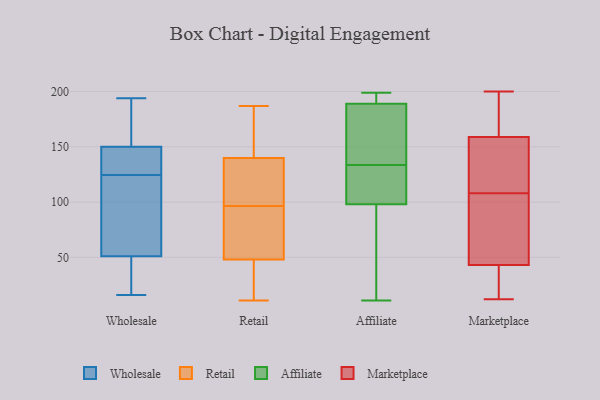
{"axis": {"x": "Budget (USD K)", "y": "Value"}, "legend": ["Affiliate", "Marketplace", "Retail", "Wholesale"], "data": [{"x": "", "y": 194, "type": "Wholesale"}, {"x": "", "y": 150, "type": "Wholesale"}, {"x": "", "y": 16, "type": "Wholesale"}, {"x": "", "y": 136, "type": "Wholesale"}, {"x": "", "y": 51, "type": "Wholesale"}, {"x": "", "y": 28, "type": "Wholesale"}, {"x": "", "y": 59, "type": "Wholesale"}, {"x": "", "y": 71, "type": "Wholesale"}, {"x": "", "y": 163, "type": "Wholesale"}, {"x": "", "y": 147, "type": "Wholesale"}, {"x": "", "y": 49, "type": "Wholesale"}, {"x": "", "y": 119, "type": "Wholesale"}, {"x": "", "y": 130, "type": "Wholesale"}, {"x": "", "y": 152, "type": "Wholesale"}, {"x": "", "y": 122, "type": "Retail"}, {"x": "", "y": 180, "type": "Retail"}, {"x": "", "y": 38, "type": "Retail"}, {"x": "", "y": 97, "type": "Retail"}, {"x": "", "y": 187, "type": "Retail"}, {"x": "", "y": 11, "type": "Retail"}, {"x": "", "y": 140, "type": "Retail"}, {"x": "", "y": 96, "type": "Retail"}, {"x": "", "y": 52, "type": "Retail"}, {"x": "", "y": 48, "type": "Retail"}, {"x": "", "y": 123, "type": "Affiliate"}, {"x": "", "y": 98, "type": "Affiliate"}, {"x": "", "y": 180, "type": "Affiliate"}, {"x": "", "y": 105, "type": "Affiliate"}, {"x": "", "y": 74, "type": "Affiliate"}, {"x": "", "y": 11, "type": "Affiliate"}, {"x": "", "y": 189, "type": "Affiliate"}, {"x": "", "y": 156, "type": "Affiliate"}, {"x": "", "y": 102, "type": "Affiliate"}, {"x": "", "y": 144, "type": "Affiliate"}, {"x": "", "y": 24, "type": "Affiliate"}, {"x": "", "y": 158, "type": "Affiliate"}, {"x": "", "y": 196, "type": "Affiliate"}, {"x": "", "y": 199, "type": "Affiliate"}, {"x": "", "y": 118, "type": "Affiliate"}, {"x": "", "y": 22, "type": "Affiliate"}, {"x": "", "y": 196, "type": "Affiliate"}, {"x": "", "y": 189, "type": "Affiliate"}, {"x": "", "y": 41, "type": "Marketplace"}, {"x": "", "y": 161, "type": "Marketplace"}, {"x": "", "y": 38, "type": "Marketplace"}, {"x": "", "y": 12, "type": "Marketplace"}, {"x": "", "y": 153, "type": "Marketplace"}, {"x": "", "y": 173, "type": "Marketplace"}, {"x": "", "y": 28, "type": "Marketplace"}, {"x": "", "y": 193, "type": "Marketplace"}, {"x": "", "y": 84, "type": "Marketplace"}, {"x": "", "y": 129, "type": "Marketplace"}, {"x": "", "y": 62, "type": "Marketplace"}, {"x": "", "y": 67, "type": "Marketplace"}, {"x": "", "y": 147, "type": "Marketplace"}, {"x": "", "y": 35, "type": "Marketplace"}, {"x": "", "y": 49, "type": "Marketplace"}, {"x": "", "y": 200, "type": "Marketplace"}, {"x": "", "y": 171, "type": "Marketplace"}, {"x": "", "y": 117, "type": "Marketplace"}, {"x": "", "y": 108, "type": "Marketplace"}]}